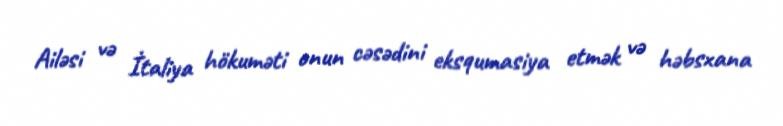
Ailəsi və İtaliya hökuməti onun cəsədini eksqumasiya etmək və həbsxana